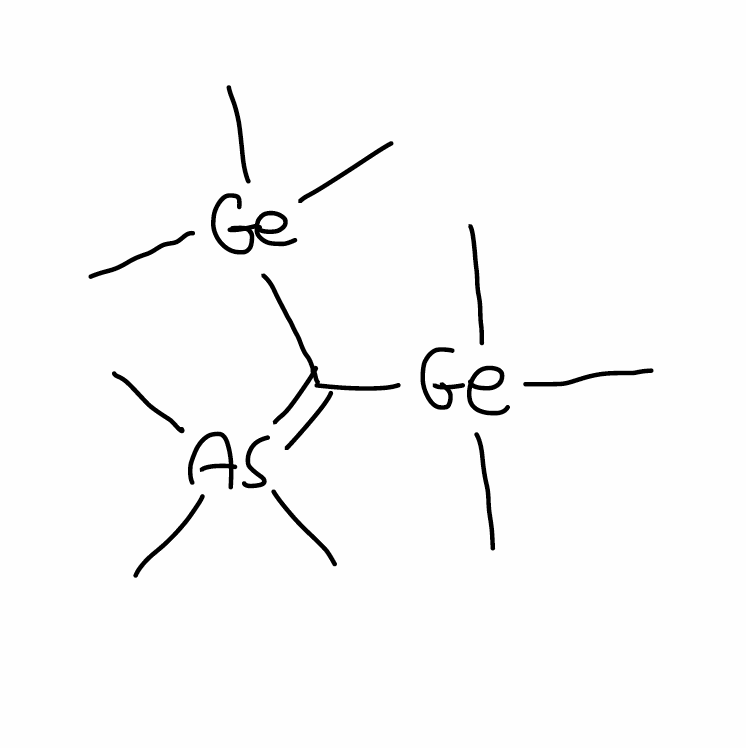
Simplified molecular-input line-entry system (SMILES) notation of the given molecule:
C[Ge](C)(C)C(=[As](C)(C)C)[Ge](C)(C)C